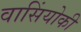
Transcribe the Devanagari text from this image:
वासिंयोकी